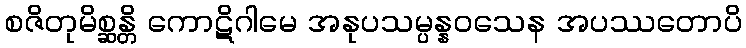
စဇိတုမိစ္ဆန္တိ ကောဋိဂါမေ အနုပသမ္ပန္နဝသေန အပဿတောပိ